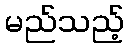
မည်သည့်